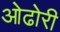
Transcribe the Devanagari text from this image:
ओढोरी